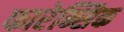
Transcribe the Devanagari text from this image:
फारेन्सिक